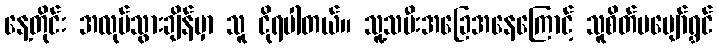
နေ့တိုင်း အလုပ်သွားချိန်မှာ သူ ငိုရပါတယ်။ သူ့သမီးအခြေအနေကြောင့် သူစိတ်မပျော်ရွှင်